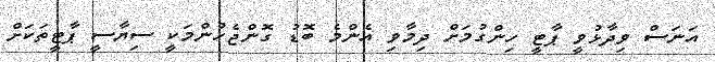
އަނަސް ވިދާޅުވީ ޕާޓީ ހިންގުމަށް ދިމާވި އެންމެ ބޮޑު ގޮންޖެހުންމަކީ ސިޔާސީ ޕާޓީތަކަށް